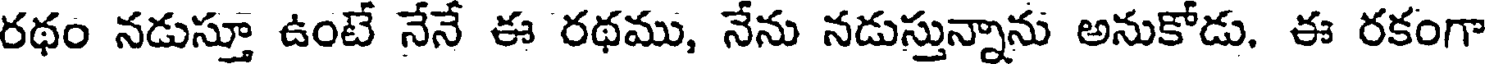
రథం నడుస్తూ ఉంటే నేనే ఈ రథము, నేను నడుస్తున్నాను అనుకోడు. ఈ రకంగా